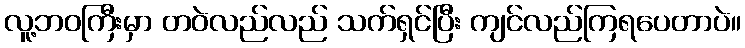
လူ့ဘဝကြီးမှာ တဝဲလည်လည် သက်ရှင်ပြီး ကျင်လည်ကြရပေတာပဲ။